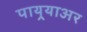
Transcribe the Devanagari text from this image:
पायर्‍याअर